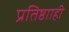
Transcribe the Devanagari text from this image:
प्रतिष्ठााही